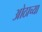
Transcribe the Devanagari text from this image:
ओठाच्या